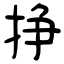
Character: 挣